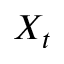
X _ { t }